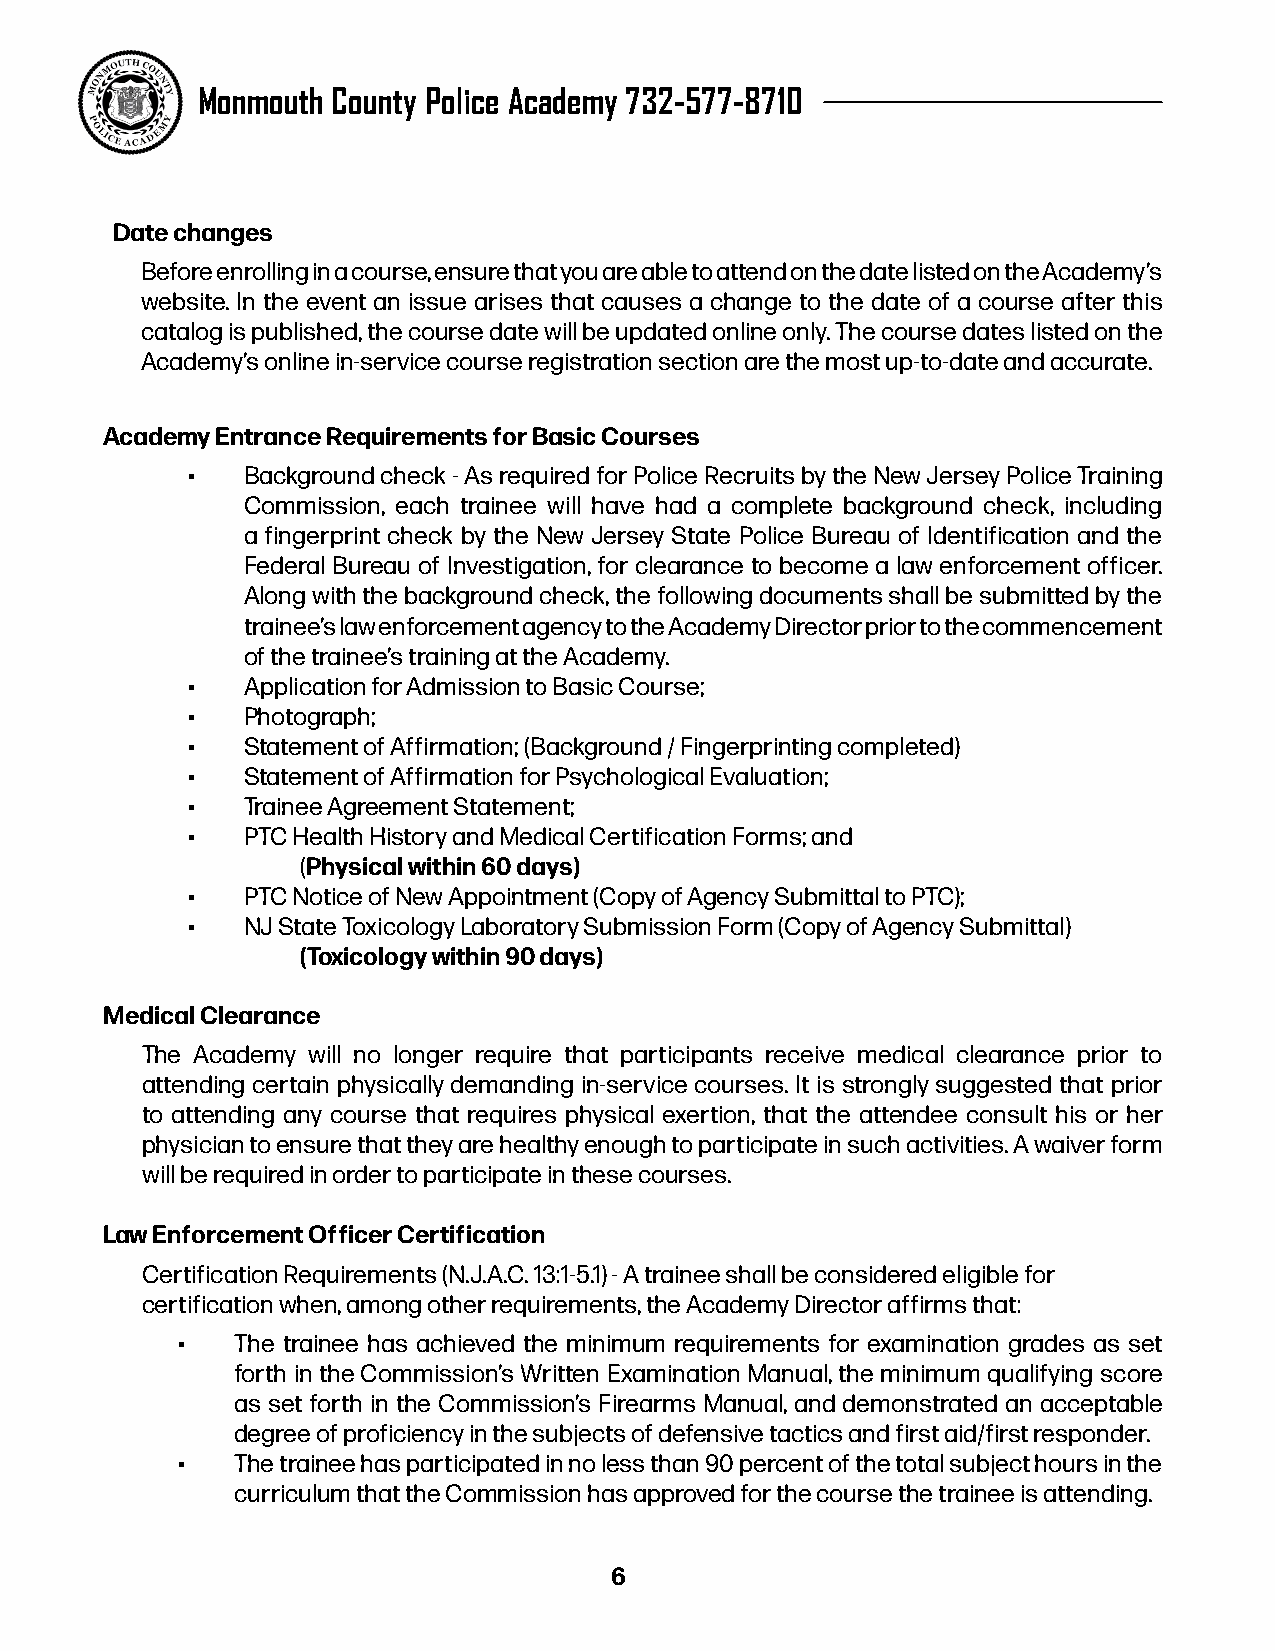
Monmouth County Police Academy 732-577-8710
 Date changes
 Before enrolling in a course, ensure that you are able to attend on the date listed on the Academy’s
 website. In the event an issue arises that causes a change to the date of a course after this
 catalog is published, the course date will be updated online only. The course dates listed on the
 Academy’s online in-service course registration section are the most up-to-date and accurate.
 Academy Entrance Requirements for Basic Courses
 •   Background check - As required for Police Recruits by the New Jersey Police Training
 Commission, each trainee will have had a complete background check, including
 a fingerprint check by the New Jersey State Police Bureau of Identification and the
 Federal Bureau of Investigation, for clearance to become a law enforcement officer.
 Along with the background check, the following documents shall be submitted by the
 trainee’s law enforcement agency to the Academy Director prior to the commencement
 of the trainee’s training at the Academy.
 •   Application for Admission to Basic Course;
 •   Photograph;
 •   Statement of Affirmation; (Background / Fingerprinting completed)
 •   Statement of Affirmation for Psychological Evaluation;
 •   Trainee Agreement Statement;
 •   PTC Health History and Medical Certification Forms; and
 (Physical within 60 days)
 •   PTC Notice of New Appointment (Copy of Agency Submittal to PTC);
 •   NJ State Toxicology Laboratory Submission Form (Copy of Agency Submittal)
 (Toxicology within 90 days)
 Medical Clearance
 The Academy will no longer require that participants receive medical clearance prior to
 attending certain physically demanding in-service courses. It is strongly suggested that prior
 to attending any course that requires physical exertion, that the attendee consult his or her
 physician to ensure that they are healthy enough to participate in such activities. A waiver form
 will be required in order to participate in these courses.
 Law Enforcement Officer Certification
 Certification Requirements (N.J.A.C. 13:1-5.1) - A trainee shall be considered eligible for
 certification when, among other requirements, the Academy Director affirms that:
 •   The trainee has achieved the minimum requirements for examination grades as set
 forth in the Commission’s Written Examination Manual, the minimum qualifying score
 as set forth in the Commission’s Firearms Manual, and demonstrated an acceptable
 degree of proficiency in the subjects of defensive tactics and first aid/first responder.
 •   The trainee has participated in no less than 90 percent of the total subject hours in the
 curriculum that the Commission has approved for the course the trainee is attending.
 6